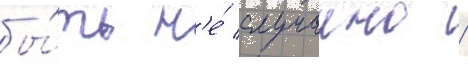
бы́ть н'е́ случаино /